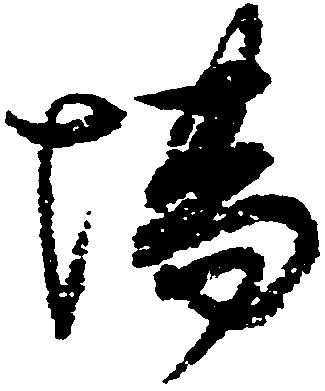
場